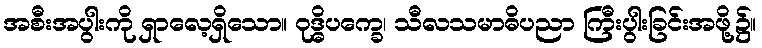
အစီးအပွါးကို ရှာလေ့ရှိသော။ ဝုဒ္ဓိပက္ခေ၊ သီလသမာဓိပညာ ကြီးပွါးခြင်းအဖို့၌။